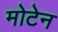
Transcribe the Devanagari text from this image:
मोटेन